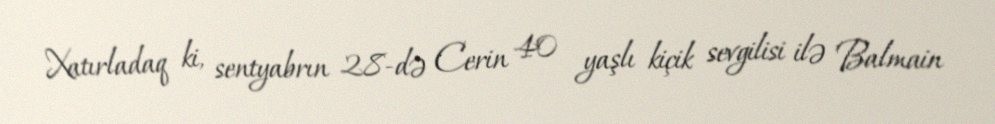
Xatırladaq ki, sentyabrın 28-də Cerin 40 yaşlı kiçik sevgilisi ilə Balmain